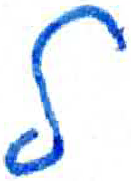
אות: ל